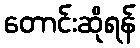
တောင်းဆိုရန်